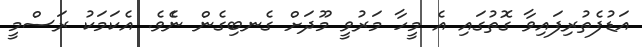
އަޑުފެތުރިފައިވާ ގޮތުގައި އެ މީހާ މަރުވީ މޫދަށް ގެނބިގެން ނެެވެ. އެކަމަކު ރަސްމީ